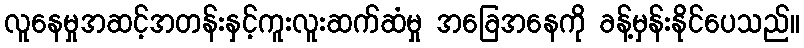
လူနေမှုအဆင့်အတန်းနှင့်ကူးလူးဆက်ဆံမှု အခြေအနေကို ခန့်မှန်းနိုင်ပေသည်။